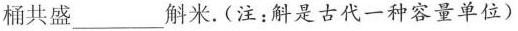
桶共盛___斛米。(注：斛是古代一种容量单位)